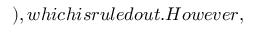
) , w h i c h i s r u l e d o u t . H o w e v e r ,